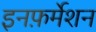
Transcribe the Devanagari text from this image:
इनफ़र्मेशन